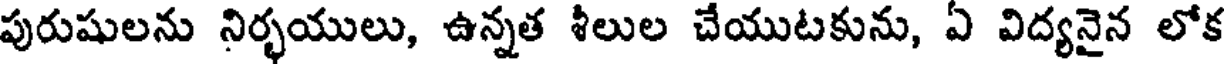
పురుషులను నిర్భయులు, ఉన్నత శీలుల చేయుటకును, ఏ విద్యనైన లోక